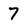
Character: 7